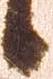
候